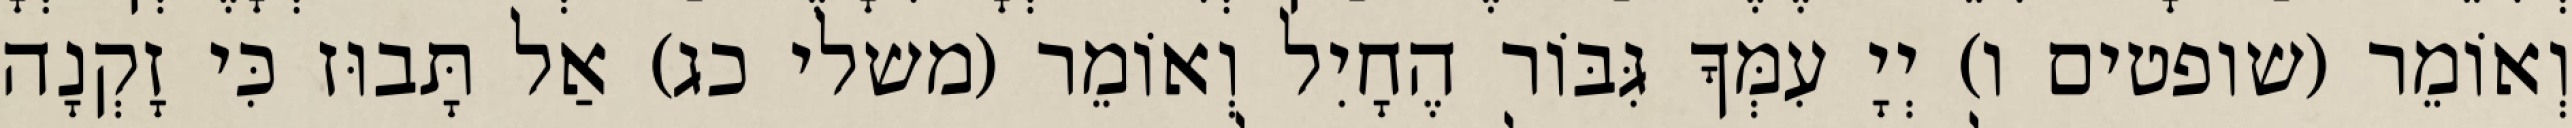
וְאוֹמֵר (שופטים ו) יְיָ עִמְּךָ גִּבּוֹר הֶחָיִל וְאוֹמֵר (משלי כג) אַל תָּבוּז כִּי זָקְנָה